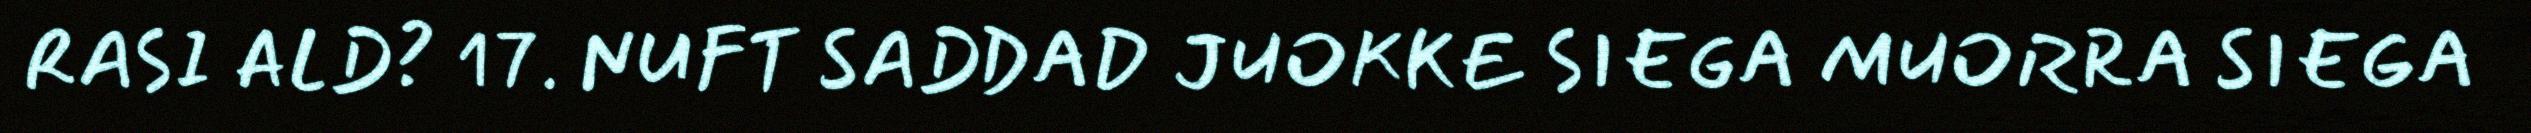
RASI ALD? 17. NUFT SADDAD JUOKKE SIEGA MUORRA SIEGA